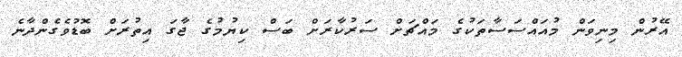
އޭރުން މިނިވަން މުއައްސަސާތަކުގެ މައްޗަށް ސަރުކާރަށް ބަސް ކިޔުމުގެ ޖާގަ އިތުރަށް ބޮޑުވެގެންދާނެ